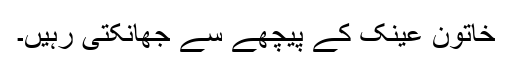
خاتون عینک کے پیچھے سے جھانکتی رہیں۔